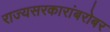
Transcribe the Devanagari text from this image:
राज्यसरकारांबरोबर